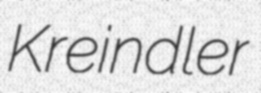
Kreindler